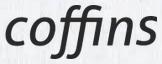
coffins